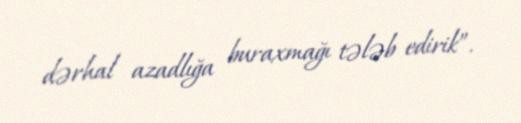
dərhal azadlığa buraxmağı tələb edirik”.